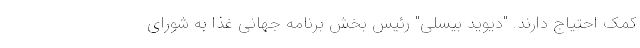
کمک احتیاج دارند. "دیوید بیسلی" رئیس بخش برنامه جهانی غذا به شورای